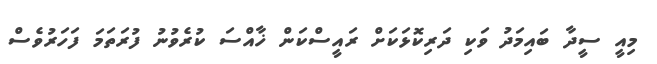
މިއީ ސީދާ ބައިމަދު ވަކި ދަރިކޮޅަކަށް ރައީސްކަން ޚާއްސަ ކުރެވުނު ފުރަތަމަ ފަހަރުވެސް